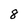
Character: 8